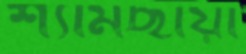
শ্যামছায়া